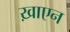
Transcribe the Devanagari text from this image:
ख़ाएन